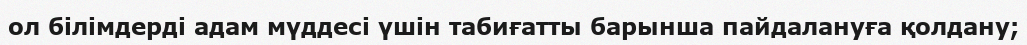
ол білімдерді адам мүддесі үшін табиғатты барынша пайдалануға қолдану;